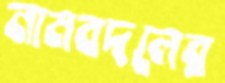
নামবদলের